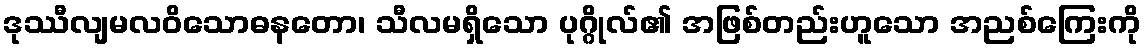
ဒုဿီလျမလဝိသောဓနတော၊ သီလမရှိသော ပုဂ္ဂိုလ်၏ အဖြစ်တည်းဟူသော အညစ်ကြေးကို